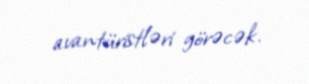
avantüristləri görəcək.